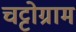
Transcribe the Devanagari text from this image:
चट्टोग्राम